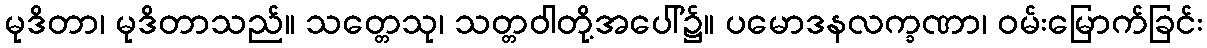
မုဒိတာ၊ မုဒိတာသည်။ သတ္တေသု၊ သတ္တဝါတို့အပေါ်၌။ ပမောဒနလက္ခဏာ၊ ဝမ်းမြောက်ခြင်း